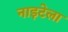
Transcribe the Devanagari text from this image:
नाइटेला